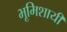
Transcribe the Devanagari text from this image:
भूमिशायी